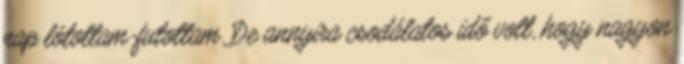
nap lótottam-futottam. De annyira csodálatos idő volt, hogy nagyon